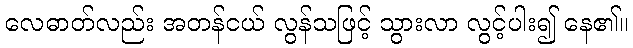
လေဓာတ်လည်း အတန်ငယ် လွန်သဖြင့် သွားလာ လွင့်ပါး၍ နေ၏။